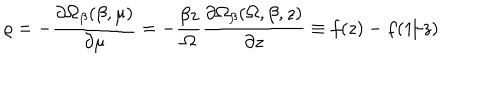
LaTeX: \varrho = - \frac { \partial \Omega _ { \beta } ( \beta , \mu ) } { \partial \mu } = - \frac { \beta z } { \Omega } \frac { \partial \Omega _ { \beta } ( \Omega , \beta , z ) } { \partial z } \equiv f ( z ) - f ( 1 / z )